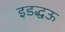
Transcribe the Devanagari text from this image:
इडद्धऊ